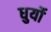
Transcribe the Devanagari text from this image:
धुर्यो